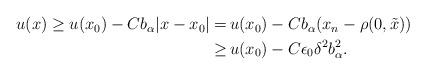
LaTeX: \begin{align*}\begin{aligned}u (x) \geq u (x_0) - C b_\alpha |x - x_0| = \,& u (x_0) - C b_\alpha (x_n - \rho (0, \tilde{x}))\\ \geq \,& u (x_0) - C \epsilon_0 \delta^2 b_\alpha^2.\end{aligned}\end{align*}